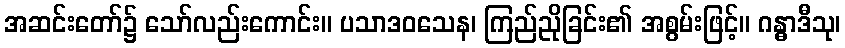
အဆင်းတော်၌ သော်လည်းကောင်း။ ပသာဒဝသေန၊ ကြည်ညိုခြင်း၏ အစွမ်းဖြင့်။ ဂန္ဓာဒီသု၊